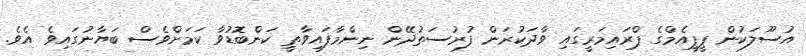
އުސޫލަކުން ޕީޕީއެމްގެ ޕްރައިމަރީގައި ވާދަކުރަން ފުރުސަތުދޭން ނިންމާފައިވާތީ ކަންބޮޑުވާ ކަމަށްވެސް ބަޔާނުގައިވެ އެވެ.